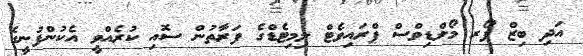
އަދި ބިޒް ފޯރ މޯލްޑިވްސް ޕްރައިވެޓް ލިމިޓެޑްގެ ފަރާތުން ސޮއި ކުރެއްވީ އެކުންފުނީގެ